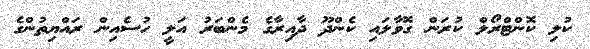
ކުލި ކޮންޓްރޯލް ކުރަން ގޮވާލައި ކެންދޫ ދާއިރާގެ މެންބަރު އަލީ ހުސެއިން ރައްޔިތުންގެ